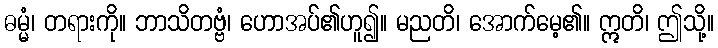
ဓမ္မံ၊ တရားကို။ ဘာသိတဗ္ဗံ၊ ဟောအပ်၏ဟူ၍။ မညတိ၊ အောက်မေ့၏။ ဣတိ၊ ဤသို့။